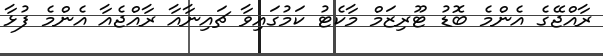
ރާއްޖޭގެ އެންމެ ބޮޑު ޓޫރިޒަމް މާކެޓު ކަމުގައިވާ ޗައިނާއާ ރާއްޖެއާ އެންމެ ފުޅާ